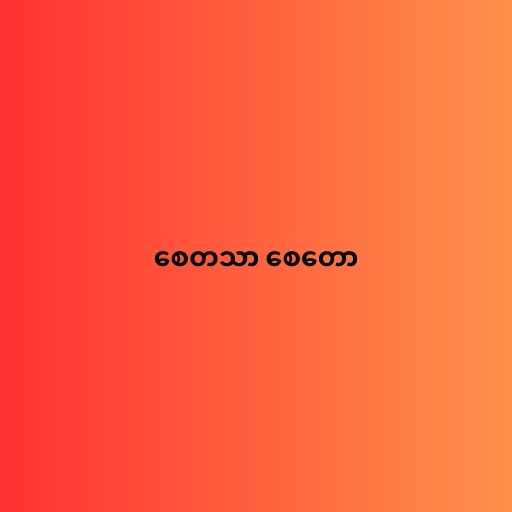
စေတသာ စေတော